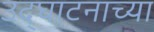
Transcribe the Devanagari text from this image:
उद्घाटनाच्या